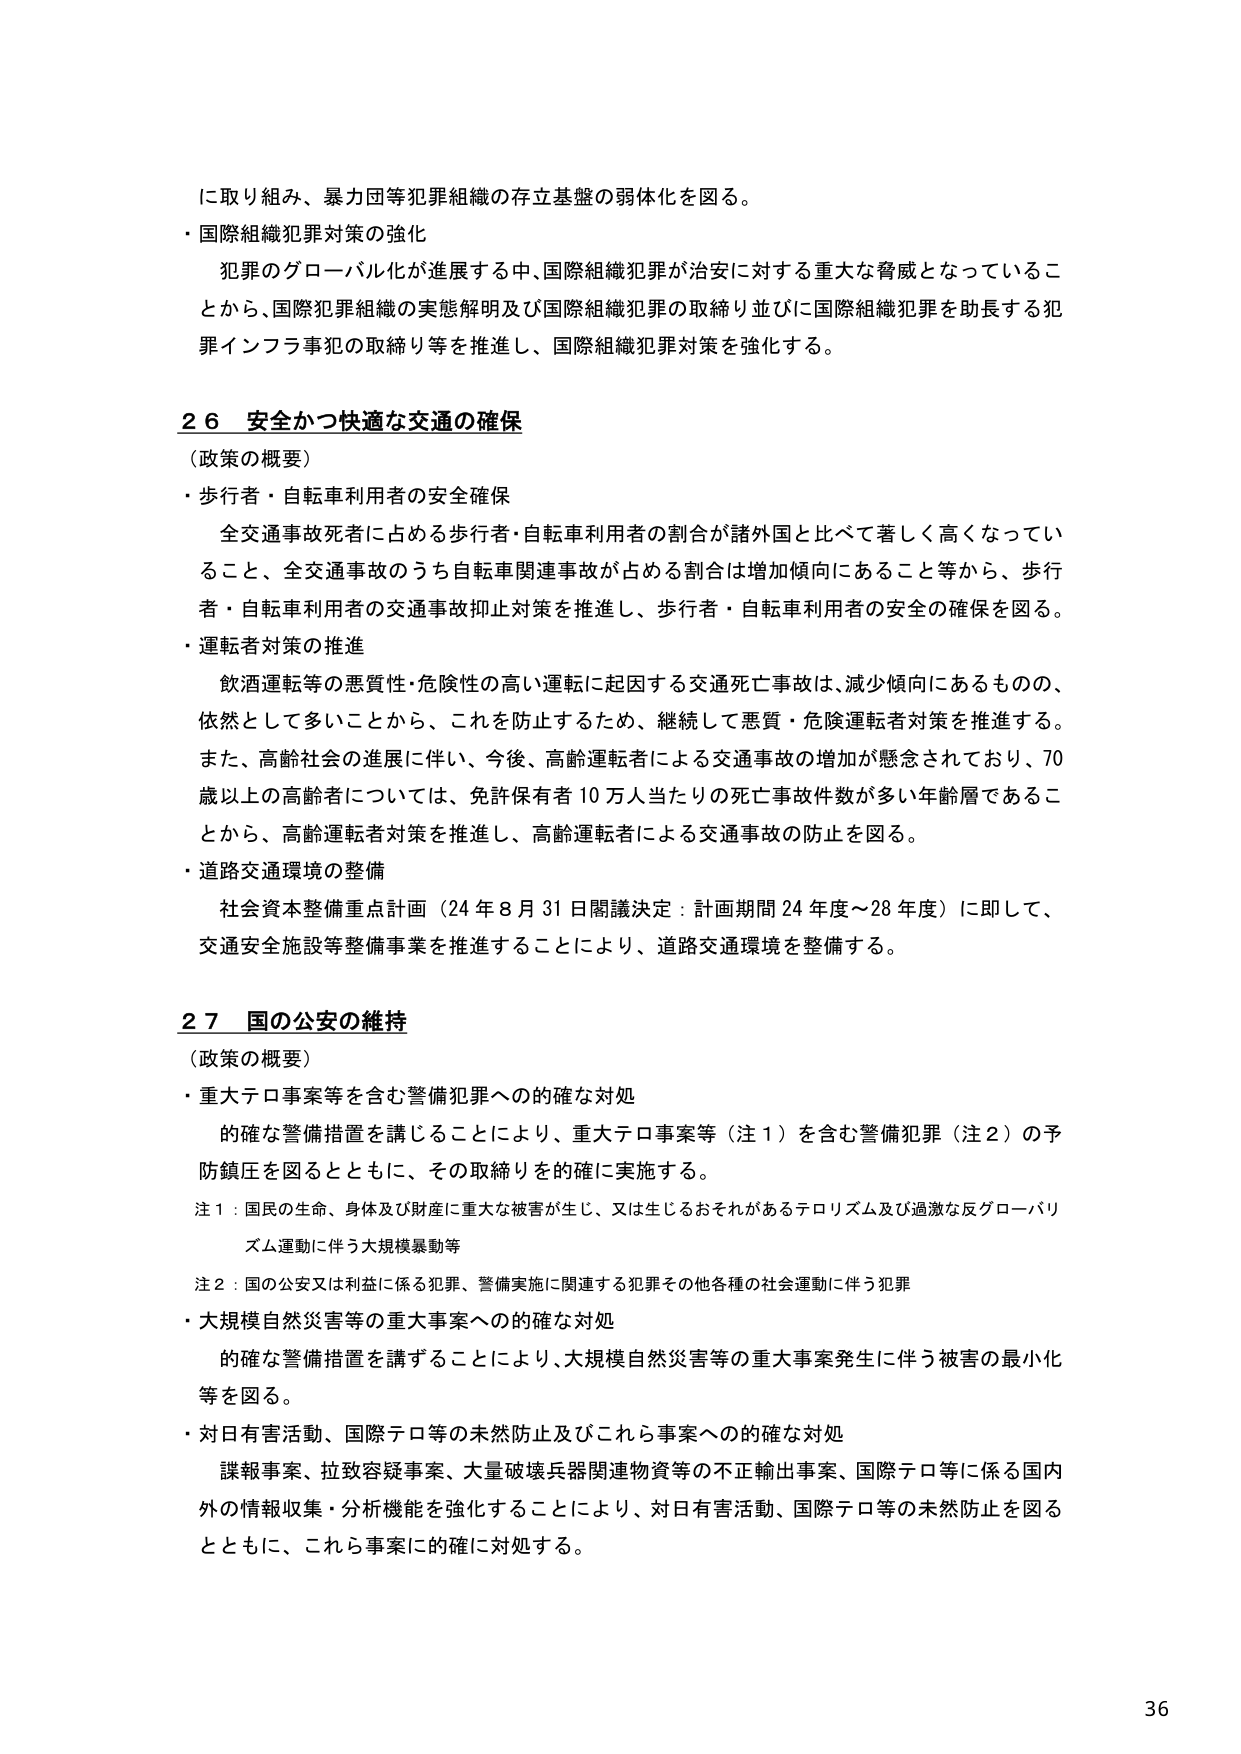
に取り組み、暴力団等犯罪組織の存立基盤の弱体化を図る。

・国際組織犯罪対策の強化
　犯罪のグローバル化が進展する中、国際組織犯罪が治安に対する重大な脅威となっていることから、国際犯罪組織の実態解明及び国際組織犯罪の取締り並びに国際組織犯罪を助長する犯罪インフラ事犯の取締り等を推進し、国際組織犯罪対策を強化する。

２６ 安全かつ快適な交通の確保
（政策の概要）
・歩行者・自転車利用者の安全確保
　全交通事故死者に占める歩行者・自転車利用者の割合が諸外国と比べて著しく高くなっていること、全交通事故のうち自転車関連事故が占める割合は増加傾向にあること等から、歩行者・自転車利用者の交通事故抑止対策を推進し、歩行者・自転車利用者の安全の確保を図る。
・運転者対策の推進
　飲酒運転等の悪質性・危険性の高い運転に起因する交通死亡事故は、減少傾向にあるものの、依然として多いことから、これを防止するため、継続して悪質・危険運転者対策を推進する。また、高齢社会の進展に伴い、今後、高齢運転者による交通事故の増加が懸念されており、70歳以上の高齢者については、免許保有者10万人当たりの死亡事故件数が多い年齢層であることから、高齢運転者対策を推進し、高齢運転者による交通事故の防止を図る。
・道路交通環境の整備
　社会資本整備重点計画（24年8月31日閣議決定：計画期間24年度～28年度）に即して、交通安全施設等整備事業を推進することにより、道路交通環境を整備する。

２７ 国の公安の維持
（政策の概要）
・重大テロ事案等を含む警備犯罪への的確な対処
　的確な警備措置を講じることにより、重大テロ事案等（注１）を含む警備犯罪（注２）の予防鎮圧を図るとともに、その取締りを的確に実施する。
注１：国民の生命、身体及び財産に重大な被害が生じ、又は生じるおそれがあるテロリズム及び過激な反グローバリズム運動に伴う大規模暴動等
注２：国の公安又は利益に係る犯罪、警備実施に関連する犯罪その他各種の社会運動に伴う犯罪
・大規模自然災害等の重大事案への的確な対処
　的確な警備措置を講ずることにより、大規模自然災害等の重大事案発生に伴う被害の最小化等を図る。
・対日有害活動、国際テロ等の未然防止及びこれら事案への的確な対処
　諜報事案、拉致容疑事案、大量破壊兵器関連物資等の不正輸出事案、国際テロ等に係る国内外の情報収集・分析機能を強化することにより、対日有害活動、国際テロ等の未然防止を図るとともに、これら事案に的確に対処する。

36